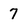
Character: 7